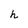
Character: h